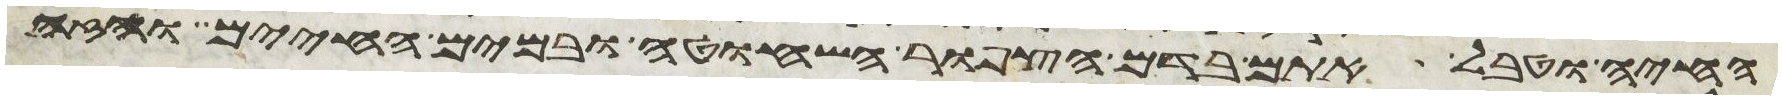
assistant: החיה וטבל אתם בדם הצפור השחוטה ובמים החיים והזה